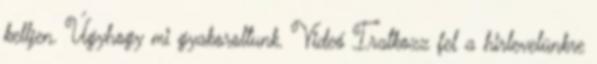
kelljen. Úgyhogy mi gyakoroltunk. Videó Iratkozz fel a hirlevelünkre